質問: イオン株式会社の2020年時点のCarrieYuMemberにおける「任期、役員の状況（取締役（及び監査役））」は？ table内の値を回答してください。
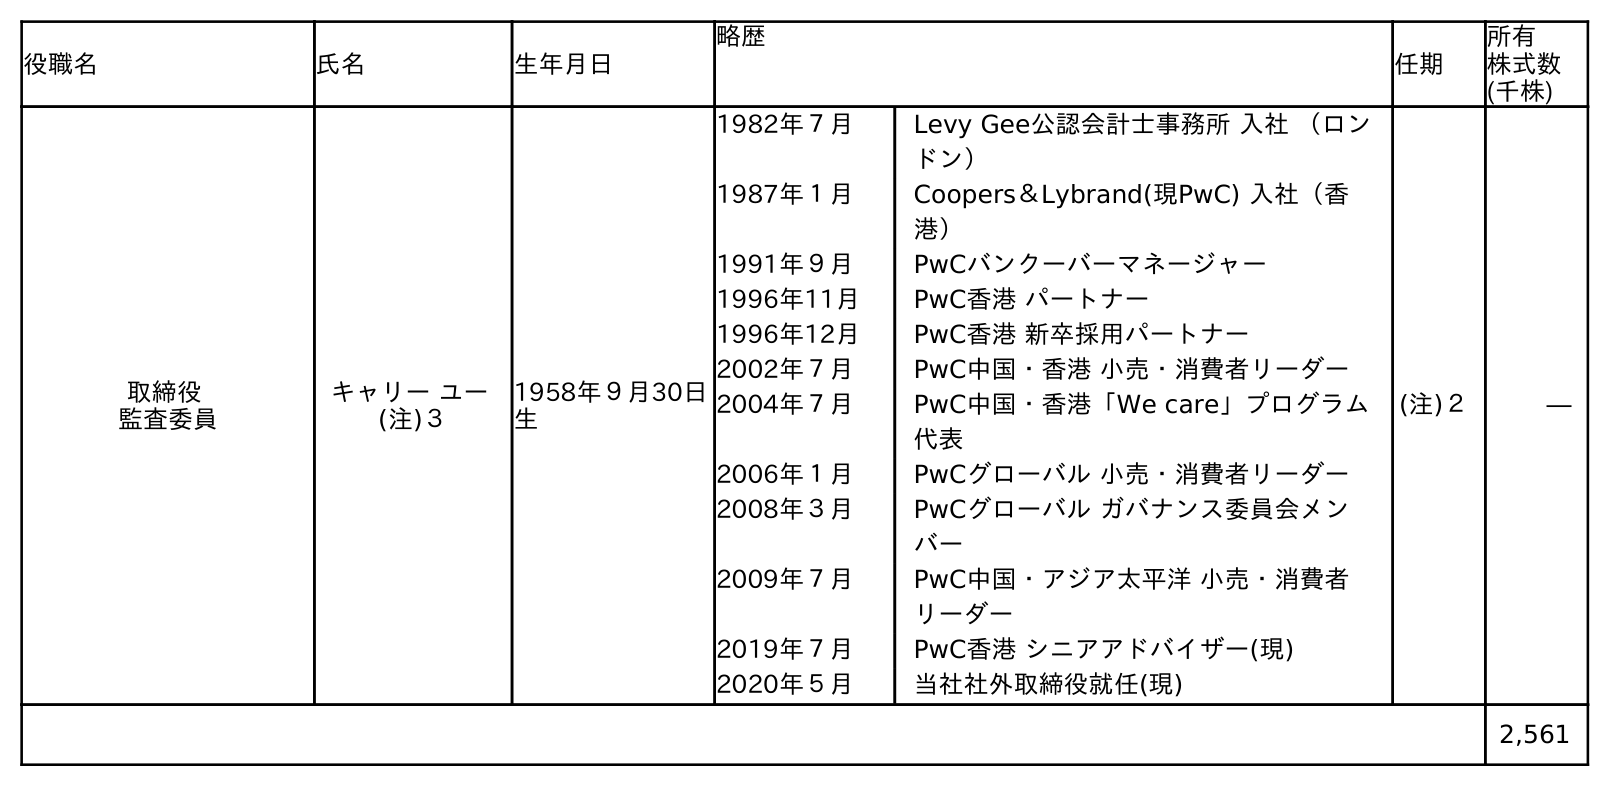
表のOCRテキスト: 役職名 氏名 生年月日 略歴 任期 所有 株式数 (千株) 取締役 監査委員 キャリー ユー (注)３ 1958年９月30日 生 1982年７月 Levy Gee公認会計士事務所 入社 （ロン ドン） 1987年１月 Coopers＆Lybrand(現PwC) 入社（香 港） 1991年９月 PwCバンクーバーマネージャー 1996年11月 PwC香港 パートナー 1996年12月 PwC香港 新卒採用パートナー 2002年７月 PwC中国・香港 小売・消費者リーダー 2004年７月 PwC中国・香港「We care」プログラム 代表 2006年１月 PwCグローバル 小売・消費者リーダー 2008年３月 PwCグローバル ガバナンス委員会メン バー 2009年７月 PwC中国・アジア太平洋 小売・消費者 リーダー 2019年７月 PwC香港 シニアアドバイザー(現) 2020年５月 当社社外取締役就任(現) (注)２ ― 2,561
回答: (注)２